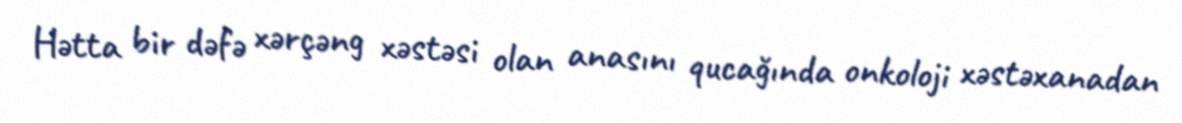
Hətta bir dəfə xərçəng xəstəsi olan anasını qucağında onkoloji xəstəxanadan